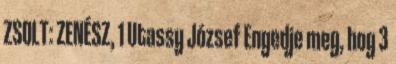
ZSOLT: ZENÉSZ, 1 Utassy József Engedje meg, hog 3